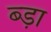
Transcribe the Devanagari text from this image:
ब्ड़ा